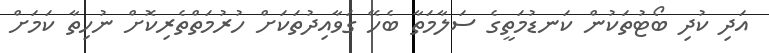
އަދި ކުދި ބޯޓުތަކުން ކަނޑުމަތީގެ ސަލާމަތާ ބެހޭ ގަވާއިދުތަކަށް ހުރުމަތްތެރިކޮށް ނުހިތާ ކަމަށް